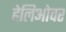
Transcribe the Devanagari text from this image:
हेलिओवर